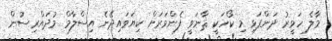
މާލެ ހަވީރު ދަންފަޅި މި ކޯހަކީ ޘާނަވީ ފެންވަރަށް ކިޔަވައިދޭނެ އިސްލާމް މުދައްރިސުން